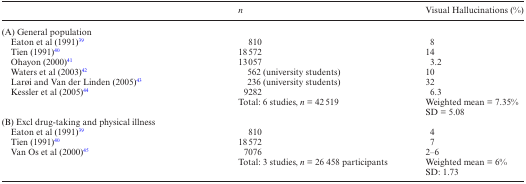
|  | n | Visual Hallucinations (%) |
 | --- | --- | --- |
 | (A) General population |  |  |
 | Eaton et al (1991)39 | 810 | 8 |
 | Tien (1991)40 | 18572 | 14 |
 | Ohayon (2000)41 | 13057 | 3.2 |
 | Waters et al (2003)42 | 562 (university students) | 10 |
 | Larøi and Van der Linden (2005)43 | 236 (university students) | 32 |
 | Kessler et al (2005)44 | 9282 | 6.3 |
 |  | Total: 6 studies, n = 42519 | Weighted mean = 7.35% |
 |  |  | SD = 5.08 |
 | <COLSPAN=2> (B) Excl drug-taking and physical illness |  |
 | Eaton et al (1991)39 | 810 | 4 |
 | Tien (1991)40 | 18572 | 7 |
 | Van Os et al (2000)45 | 7076 | 2–6 |
 |  | Total: 3 studies, n = 26 458 participants | Weighted mean = 6% |
 |  |  | SD: 1.73 |